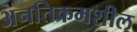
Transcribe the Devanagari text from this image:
अनतिक्रमशील